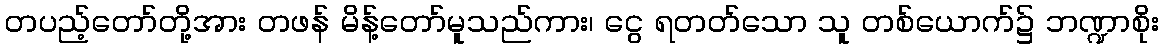
တပည့်တော်တို့အား တဖန် မိန့်တော်မူသည်ကား၊ ငွေ ရတတ်သော သူ တစ်ယောက်၌ ဘဏ္ဍာစိုး